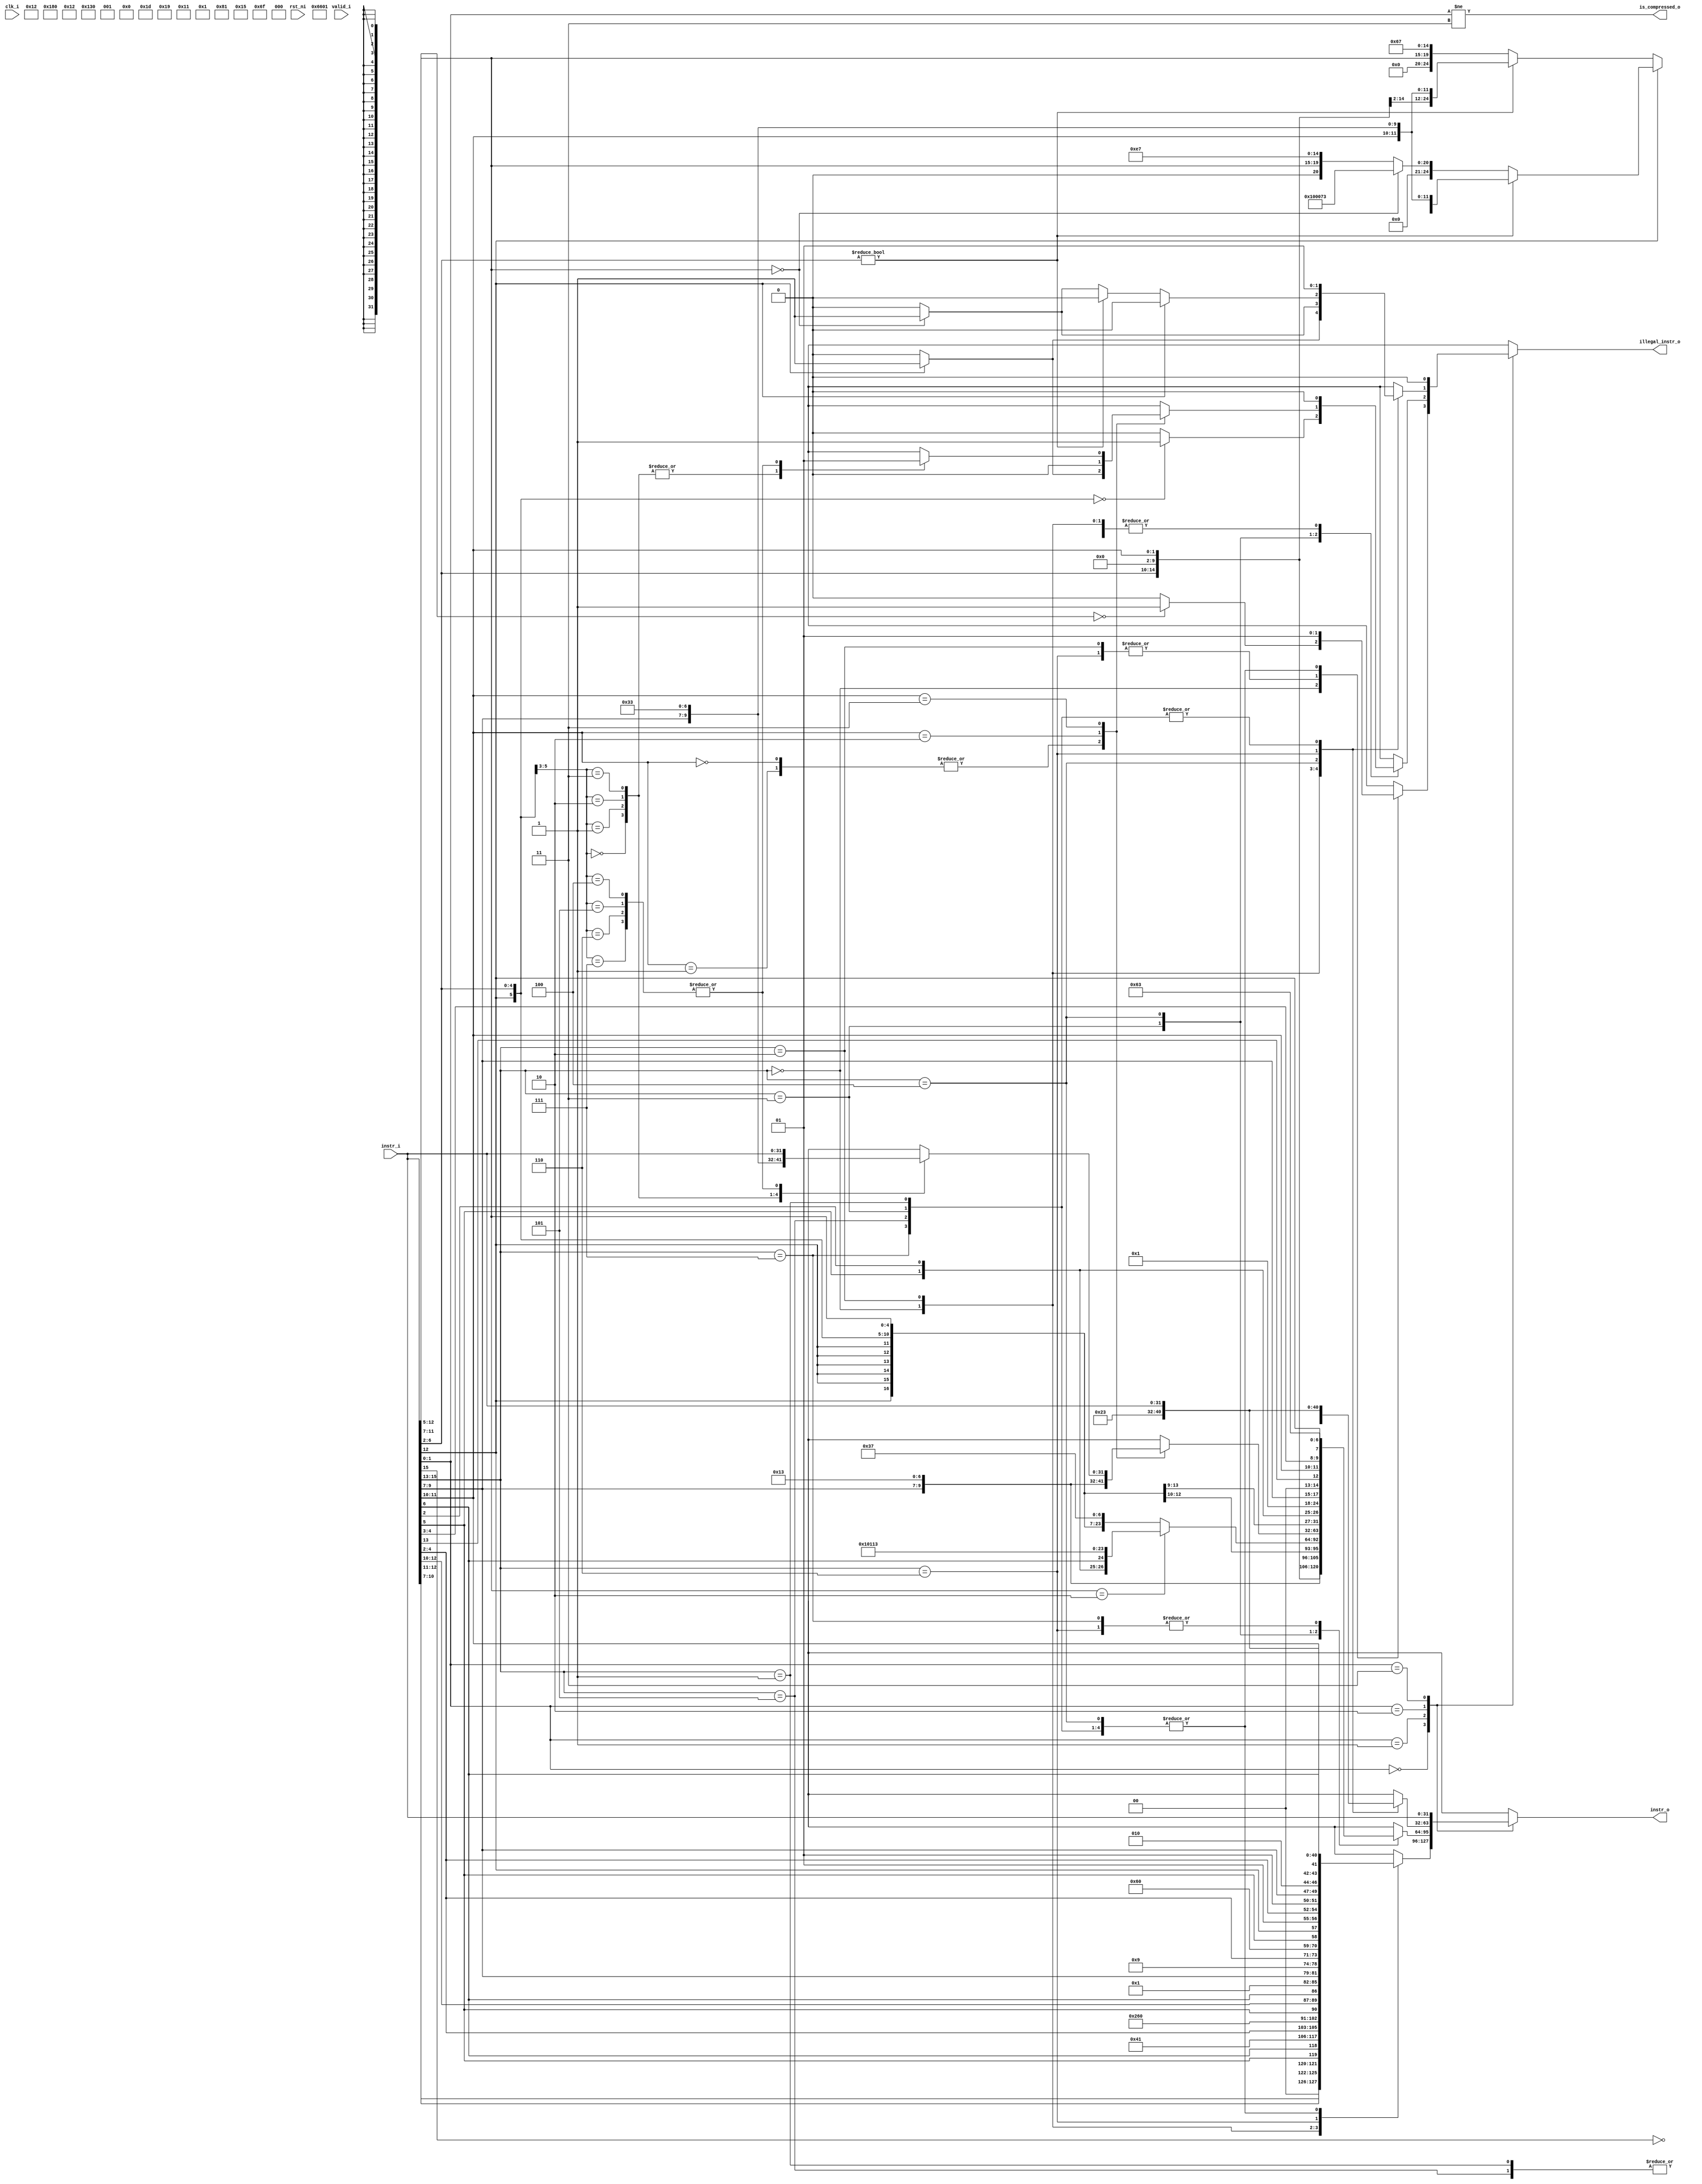
module ibex_compressed_decoder (
	clk_i,
	rst_ni,
	valid_i,
	instr_i,
	instr_o,
	is_compressed_o,
	illegal_instr_o
);
	input wire clk_i;
	input wire rst_ni;
	input wire valid_i;
	input wire [31:0] instr_i;
	output reg [31:0] instr_o;
	output wire is_compressed_o;
	output reg illegal_instr_o;
	parameter [31:0] PMP_MAX_REGIONS = 16;
	parameter [31:0] PMP_CFG_W = 8;
	parameter [31:0] PMP_I = 0;
	parameter [31:0] PMP_D = 1;
	parameter [11:0] CSR_OFF_PMP_CFG = 12'h3A0;
	parameter [11:0] CSR_OFF_PMP_ADDR = 12'h3B0;
	parameter [31:0] CSR_MSTATUS_MIE_BIT = 3;
	parameter [31:0] CSR_MSTATUS_MPIE_BIT = 7;
	parameter [31:0] CSR_MSTATUS_MPP_BIT_LOW = 11;
	parameter [31:0] CSR_MSTATUS_MPP_BIT_HIGH = 12;
	parameter [31:0] CSR_MSTATUS_MPRV_BIT = 17;
	parameter [31:0] CSR_MSTATUS_TW_BIT = 21;
	parameter [31:0] CSR_MSIX_BIT = 3;
	parameter [31:0] CSR_MTIX_BIT = 7;
	parameter [31:0] CSR_MEIX_BIT = 11;
	parameter [31:0] CSR_MFIX_BIT_LOW = 16;
	parameter [31:0] CSR_MFIX_BIT_HIGH = 30;
	localparam [0:0] IMM_A_Z = 0;
	localparam [0:0] JT_ALU = 0;
	localparam [0:0] OP_B_REG_B = 0;
	localparam [1:0] CSR_OP_READ = 0;
	localparam [1:0] EXC_PC_EXC = 0;
	localparam [1:0] MD_OP_MULL = 0;
	localparam [1:0] OP_A_REG_A = 0;
	localparam [1:0] RF_WD_LSU = 0;
	localparam [2:0] IMM_B_I = 0;
	localparam [2:0] PC_BOOT = 0;
	localparam [4:0] ALU_ADD = 0;
	localparam [0:0] IMM_A_ZERO = 1;
	localparam [0:0] JT_BT_ALU = 1;
	localparam [0:0] OP_B_IMM = 1;
	localparam [1:0] CSR_OP_WRITE = 1;
	localparam [1:0] EXC_PC_IRQ = 1;
	localparam [1:0] MD_OP_MULH = 1;
	localparam [1:0] OP_A_FWD = 1;
	localparam [1:0] RF_WD_EX = 1;
	localparam [2:0] IMM_B_S = 1;
	localparam [2:0] PC_JUMP = 1;
	localparam [4:0] ALU_SUB = 1;
	localparam [4:0] ALU_GE = 10;
	localparam [4:0] ALU_GEU = 11;
	localparam [4:0] ALU_EQ = 12;
	localparam [11:0] CSR_MSTATUS = 12'h300;
	localparam [11:0] CSR_MISA = 12'h301;
	localparam [11:0] CSR_MIE = 12'h304;
	localparam [11:0] CSR_MTVEC = 12'h305;
	localparam [11:0] CSR_MCOUNTINHIBIT = 12'h320;
	localparam [11:0] CSR_MHPMEVENT3 = 12'h323;
	localparam [11:0] CSR_MHPMEVENT4 = 12'h324;
	localparam [11:0] CSR_MHPMEVENT5 = 12'h325;
	localparam [11:0] CSR_MHPMEVENT6 = 12'h326;
	localparam [11:0] CSR_MHPMEVENT7 = 12'h327;
	localparam [11:0] CSR_MHPMEVENT8 = 12'h328;
	localparam [11:0] CSR_MHPMEVENT9 = 12'h329;
	localparam [11:0] CSR_MHPMEVENT10 = 12'h32A;
	localparam [11:0] CSR_MHPMEVENT11 = 12'h32B;
	localparam [11:0] CSR_MHPMEVENT12 = 12'h32C;
	localparam [11:0] CSR_MHPMEVENT13 = 12'h32D;
	localparam [11:0] CSR_MHPMEVENT14 = 12'h32E;
	localparam [11:0] CSR_MHPMEVENT15 = 12'h32F;
	localparam [11:0] CSR_MHPMEVENT16 = 12'h330;
	localparam [11:0] CSR_MHPMEVENT17 = 12'h331;
	localparam [11:0] CSR_MHPMEVENT18 = 12'h332;
	localparam [11:0] CSR_MHPMEVENT19 = 12'h333;
	localparam [11:0] CSR_MHPMEVENT20 = 12'h334;
	localparam [11:0] CSR_MHPMEVENT21 = 12'h335;
	localparam [11:0] CSR_MHPMEVENT22 = 12'h336;
	localparam [11:0] CSR_MHPMEVENT23 = 12'h337;
	localparam [11:0] CSR_MHPMEVENT24 = 12'h338;
	localparam [11:0] CSR_MHPMEVENT25 = 12'h339;
	localparam [11:0] CSR_MHPMEVENT26 = 12'h33A;
	localparam [11:0] CSR_MHPMEVENT27 = 12'h33B;
	localparam [11:0] CSR_MHPMEVENT28 = 12'h33C;
	localparam [11:0] CSR_MHPMEVENT29 = 12'h33D;
	localparam [11:0] CSR_MHPMEVENT30 = 12'h33E;
	localparam [11:0] CSR_MHPMEVENT31 = 12'h33F;
	localparam [11:0] CSR_MSCRATCH = 12'h340;
	localparam [11:0] CSR_MEPC = 12'h341;
	localparam [11:0] CSR_MCAUSE = 12'h342;
	localparam [11:0] CSR_MTVAL = 12'h343;
	localparam [11:0] CSR_MIP = 12'h344;
	localparam [11:0] CSR_PMPCFG0 = 12'h3A0;
	localparam [11:0] CSR_PMPCFG1 = 12'h3A1;
	localparam [11:0] CSR_PMPCFG2 = 12'h3A2;
	localparam [11:0] CSR_PMPCFG3 = 12'h3A3;
	localparam [11:0] CSR_PMPADDR0 = 12'h3B0;
	localparam [11:0] CSR_PMPADDR1 = 12'h3B1;
	localparam [11:0] CSR_PMPADDR2 = 12'h3B2;
	localparam [11:0] CSR_PMPADDR3 = 12'h3B3;
	localparam [11:0] CSR_PMPADDR4 = 12'h3B4;
	localparam [11:0] CSR_PMPADDR5 = 12'h3B5;
	localparam [11:0] CSR_PMPADDR6 = 12'h3B6;
	localparam [11:0] CSR_PMPADDR7 = 12'h3B7;
	localparam [11:0] CSR_PMPADDR8 = 12'h3B8;
	localparam [11:0] CSR_PMPADDR9 = 12'h3B9;
	localparam [11:0] CSR_PMPADDR10 = 12'h3BA;
	localparam [11:0] CSR_PMPADDR11 = 12'h3BB;
	localparam [11:0] CSR_PMPADDR12 = 12'h3BC;
	localparam [11:0] CSR_PMPADDR13 = 12'h3BD;
	localparam [11:0] CSR_PMPADDR14 = 12'h3BE;
	localparam [11:0] CSR_PMPADDR15 = 12'h3BF;
	localparam [11:0] CSR_TSELECT = 12'h7A0;
	localparam [11:0] CSR_TDATA1 = 12'h7A1;
	localparam [11:0] CSR_TDATA2 = 12'h7A2;
	localparam [11:0] CSR_TDATA3 = 12'h7A3;
	localparam [11:0] CSR_MCONTEXT = 12'h7A8;
	localparam [11:0] CSR_SCONTEXT = 12'h7AA;
	localparam [11:0] CSR_DCSR = 12'h7b0;
	localparam [11:0] CSR_DPC = 12'h7b1;
	localparam [11:0] CSR_DSCRATCH0 = 12'h7b2;
	localparam [11:0] CSR_DSCRATCH1 = 12'h7b3;
	localparam [11:0] CSR_MCYCLE = 12'hB00;
	localparam [11:0] CSR_MINSTRET = 12'hB02;
	localparam [11:0] CSR_MHPMCOUNTER3 = 12'hB03;
	localparam [11:0] CSR_MHPMCOUNTER4 = 12'hB04;
	localparam [11:0] CSR_MHPMCOUNTER5 = 12'hB05;
	localparam [11:0] CSR_MHPMCOUNTER6 = 12'hB06;
	localparam [11:0] CSR_MHPMCOUNTER7 = 12'hB07;
	localparam [11:0] CSR_MHPMCOUNTER8 = 12'hB08;
	localparam [11:0] CSR_MHPMCOUNTER9 = 12'hB09;
	localparam [11:0] CSR_MHPMCOUNTER10 = 12'hB0A;
	localparam [11:0] CSR_MHPMCOUNTER11 = 12'hB0B;
	localparam [11:0] CSR_MHPMCOUNTER12 = 12'hB0C;
	localparam [11:0] CSR_MHPMCOUNTER13 = 12'hB0D;
	localparam [11:0] CSR_MHPMCOUNTER14 = 12'hB0E;
	localparam [11:0] CSR_MHPMCOUNTER15 = 12'hB0F;
	localparam [11:0] CSR_MHPMCOUNTER16 = 12'hB10;
	localparam [11:0] CSR_MHPMCOUNTER17 = 12'hB11;
	localparam [11:0] CSR_MHPMCOUNTER18 = 12'hB12;
	localparam [11:0] CSR_MHPMCOUNTER19 = 12'hB13;
	localparam [11:0] CSR_MHPMCOUNTER20 = 12'hB14;
	localparam [11:0] CSR_MHPMCOUNTER21 = 12'hB15;
	localparam [11:0] CSR_MHPMCOUNTER22 = 12'hB16;
	localparam [11:0] CSR_MHPMCOUNTER23 = 12'hB17;
	localparam [11:0] CSR_MHPMCOUNTER24 = 12'hB18;
	localparam [11:0] CSR_MHPMCOUNTER25 = 12'hB19;
	localparam [11:0] CSR_MHPMCOUNTER26 = 12'hB1A;
	localparam [11:0] CSR_MHPMCOUNTER27 = 12'hB1B;
	localparam [11:0] CSR_MHPMCOUNTER28 = 12'hB1C;
	localparam [11:0] CSR_MHPMCOUNTER29 = 12'hB1D;
	localparam [11:0] CSR_MHPMCOUNTER30 = 12'hB1E;
	localparam [11:0] CSR_MHPMCOUNTER31 = 12'hB1F;
	localparam [11:0] CSR_MCYCLEH = 12'hB80;
	localparam [11:0] CSR_MINSTRETH = 12'hB82;
	localparam [11:0] CSR_MHPMCOUNTER3H = 12'hB83;
	localparam [11:0] CSR_MHPMCOUNTER4H = 12'hB84;
	localparam [11:0] CSR_MHPMCOUNTER5H = 12'hB85;
	localparam [11:0] CSR_MHPMCOUNTER6H = 12'hB86;
	localparam [11:0] CSR_MHPMCOUNTER7H = 12'hB87;
	localparam [11:0] CSR_MHPMCOUNTER8H = 12'hB88;
	localparam [11:0] CSR_MHPMCOUNTER9H = 12'hB89;
	localparam [11:0] CSR_MHPMCOUNTER10H = 12'hB8A;
	localparam [11:0] CSR_MHPMCOUNTER11H = 12'hB8B;
	localparam [11:0] CSR_MHPMCOUNTER12H = 12'hB8C;
	localparam [11:0] CSR_MHPMCOUNTER13H = 12'hB8D;
	localparam [11:0] CSR_MHPMCOUNTER14H = 12'hB8E;
	localparam [11:0] CSR_MHPMCOUNTER15H = 12'hB8F;
	localparam [11:0] CSR_MHPMCOUNTER16H = 12'hB90;
	localparam [11:0] CSR_MHPMCOUNTER17H = 12'hB91;
	localparam [11:0] CSR_MHPMCOUNTER18H = 12'hB92;
	localparam [11:0] CSR_MHPMCOUNTER19H = 12'hB93;
	localparam [11:0] CSR_MHPMCOUNTER20H = 12'hB94;
	localparam [11:0] CSR_MHPMCOUNTER21H = 12'hB95;
	localparam [11:0] CSR_MHPMCOUNTER22H = 12'hB96;
	localparam [11:0] CSR_MHPMCOUNTER23H = 12'hB97;
	localparam [11:0] CSR_MHPMCOUNTER24H = 12'hB98;
	localparam [11:0] CSR_MHPMCOUNTER25H = 12'hB99;
	localparam [11:0] CSR_MHPMCOUNTER26H = 12'hB9A;
	localparam [11:0] CSR_MHPMCOUNTER27H = 12'hB9B;
	localparam [11:0] CSR_MHPMCOUNTER28H = 12'hB9C;
	localparam [11:0] CSR_MHPMCOUNTER29H = 12'hB9D;
	localparam [11:0] CSR_MHPMCOUNTER30H = 12'hB9E;
	localparam [11:0] CSR_MHPMCOUNTER31H = 12'hB9F;
	localparam [11:0] CSR_MHARTID = 12'hF14;
	localparam [4:0] ALU_NE = 13;
	localparam [4:0] ALU_SLT = 14;
	localparam [4:0] ALU_SLTU = 15;
	localparam [1:0] CSR_OP_SET = 2;
	localparam [1:0] EXC_PC_DBD = 2;
	localparam [1:0] MD_OP_DIV = 2;
	localparam [1:0] OP_A_CURRPC = 2;
	localparam [1:0] RF_WD_CSR = 2;
	localparam [2:0] IMM_B_B = 2;
	localparam [2:0] PC_EXC = 2;
	localparam [4:0] ALU_XOR = 2;
	localparam [1:0] PMP_ACC_EXEC = 2'b00;
	localparam [1:0] PMP_MODE_OFF = 2'b00;
	localparam [1:0] PRIV_LVL_U = 2'b00;
	localparam [1:0] PMP_ACC_WRITE = 2'b01;
	localparam [1:0] PMP_MODE_TOR = 2'b01;
	localparam [1:0] PRIV_LVL_S = 2'b01;
	localparam [1:0] PMP_ACC_READ = 2'b10;
	localparam [1:0] PMP_MODE_NA4 = 2'b10;
	localparam [1:0] PRIV_LVL_H = 2'b10;
	localparam [1:0] PMP_MODE_NAPOT = 2'b11;
	localparam [1:0] PRIV_LVL_M = 2'b11;
	localparam [1:0] CSR_OP_CLEAR = 3;
	localparam [1:0] EXC_PC_DBG_EXC = 3;
	localparam [1:0] MD_OP_REM = 3;
	localparam [1:0] OP_A_IMM = 3;
	localparam [2:0] IMM_B_U = 3;
	localparam [2:0] PC_ERET = 3;
	localparam [4:0] ALU_OR = 3;
	localparam [2:0] DBG_CAUSE_NONE = 3'h0;
	localparam [2:0] DBG_CAUSE_EBREAK = 3'h1;
	localparam [2:0] DBG_CAUSE_TRIGGER = 3'h2;
	localparam [2:0] DBG_CAUSE_HALTREQ = 3'h3;
	localparam [2:0] DBG_CAUSE_STEP = 3'h4;
	localparam [2:0] IMM_B_J = 4;
	localparam [2:0] PC_DRET = 4;
	localparam [4:0] ALU_AND = 4;
	localparam [3:0] XDEBUGVER_NO = 4'd0;
	localparam [3:0] XDEBUGVER_NONSTD = 4'd15;
	localparam [3:0] XDEBUGVER_STD = 4'd4;
	localparam [2:0] IMM_B_INCR_PC = 5;
	localparam [4:0] ALU_SRA = 5;
	localparam [2:0] IMM_B_INCR_ADDR = 6;
	localparam [4:0] ALU_SRL = 6;
	localparam [4:0] ALU_SLL = 7;
	localparam [6:0] OPCODE_LOAD = 7'h03;
	localparam [6:0] OPCODE_MISC_MEM = 7'h0f;
	localparam [6:0] OPCODE_OP_IMM = 7'h13;
	localparam [6:0] OPCODE_AUIPC = 7'h17;
	localparam [6:0] OPCODE_STORE = 7'h23;
	localparam [6:0] OPCODE_OP = 7'h33;
	localparam [6:0] OPCODE_LUI = 7'h37;
	localparam [6:0] OPCODE_BRANCH = 7'h63;
	localparam [6:0] OPCODE_JALR = 7'h67;
	localparam [6:0] OPCODE_JAL = 7'h6f;
	localparam [6:0] OPCODE_SYSTEM = 7'h73;
	localparam [4:0] ALU_LT = 8;
	localparam [4:0] ALU_LTU = 9;
	localparam [5:0] EXC_CAUSE_INSN_ADDR_MISA = {1'b0, 5'd00};
	localparam [5:0] EXC_CAUSE_INSTR_ACCESS_FAULT = {1'b0, 5'd01};
	localparam [5:0] EXC_CAUSE_ILLEGAL_INSN = {1'b0, 5'd02};
	localparam [5:0] EXC_CAUSE_BREAKPOINT = {1'b0, 5'd03};
	localparam [5:0] EXC_CAUSE_LOAD_ACCESS_FAULT = {1'b0, 5'd05};
	localparam [5:0] EXC_CAUSE_STORE_ACCESS_FAULT = {1'b0, 5'd07};
	localparam [5:0] EXC_CAUSE_ECALL_UMODE = {1'b0, 5'd08};
	localparam [5:0] EXC_CAUSE_ECALL_MMODE = {1'b0, 5'd11};
	localparam [5:0] EXC_CAUSE_IRQ_SOFTWARE_M = {1'b1, 5'd03};
	localparam [5:0] EXC_CAUSE_IRQ_TIMER_M = {1'b1, 5'd07};
	localparam [5:0] EXC_CAUSE_IRQ_EXTERNAL_M = {1'b1, 5'd11};
	localparam [5:0] EXC_CAUSE_IRQ_NM = {1'b1, 5'd31};
	wire unused_valid;
	assign unused_valid = valid_i;
	always @(*) begin
		instr_o = instr_i;
		illegal_instr_o = 1'b0;
		case (instr_i[1:0])
			2'b00:
				case (instr_i[15:13])
					3'b000: begin
						instr_o = {2'b0, instr_i[10:7], instr_i[12:11], instr_i[5], instr_i[6], 2'b00, 5'h02, 3'b000, 2'b01, instr_i[4:2], OPCODE_OP_IMM};
						if ((instr_i[12:5] == 8'b0))
							illegal_instr_o = 1'b1;
					end
					3'b010: instr_o = {5'b0, instr_i[5], instr_i[12:10], instr_i[6], 2'b00, 2'b01, instr_i[9:7], 3'b010, 2'b01, instr_i[4:2], OPCODE_LOAD};
					3'b110: instr_o = {5'b0, instr_i[5], instr_i[12], 2'b01, instr_i[4:2], 2'b01, instr_i[9:7], 3'b010, instr_i[11:10], instr_i[6], 2'b00, OPCODE_STORE};
					3'b001, 3'b011, 3'b100, 3'b101, 3'b111: illegal_instr_o = 1'b1;
					default: illegal_instr_o = 1'b1;
				endcase
			2'b01:
				case (instr_i[15:13])
					3'b000: instr_o = {{6 {instr_i[12]}}, instr_i[12], instr_i[6:2], instr_i[11:7], 3'b0, instr_i[11:7], OPCODE_OP_IMM};
					3'b001, 3'b101: instr_o = {instr_i[12], instr_i[8], instr_i[10:9], instr_i[6], instr_i[7], instr_i[2], instr_i[11], instr_i[5:3], {9 {instr_i[12]}}, 4'b0, ~instr_i[15], OPCODE_JAL};
					3'b010: instr_o = {{6 {instr_i[12]}}, instr_i[12], instr_i[6:2], 5'b0, 3'b0, instr_i[11:7], OPCODE_OP_IMM};
					3'b011: begin
						instr_o = {{15 {instr_i[12]}}, instr_i[6:2], instr_i[11:7], OPCODE_LUI};
						if ((instr_i[11:7] == 5'h02))
							instr_o = {{3 {instr_i[12]}}, instr_i[4:3], instr_i[5], instr_i[2], instr_i[6], 4'b0, 5'h02, 3'b000, 5'h02, OPCODE_OP_IMM};
						if (({instr_i[12], instr_i[6:2]} == 6'b0))
							illegal_instr_o = 1'b1;
					end
					3'b100:
						case (instr_i[11:10])
							2'b00, 2'b01: begin
								instr_o = {1'b0, instr_i[10], 5'b0, instr_i[6:2], 2'b01, instr_i[9:7], 3'b101, 2'b01, instr_i[9:7], OPCODE_OP_IMM};
								if ((instr_i[12] == 1'b1))
									illegal_instr_o = 1'b1;
							end
							2'b10: instr_o = {{6 {instr_i[12]}}, instr_i[12], instr_i[6:2], 2'b01, instr_i[9:7], 3'b111, 2'b01, instr_i[9:7], OPCODE_OP_IMM};
							2'b11:
								case ({instr_i[12], instr_i[6:5]})
									3'b000: instr_o = {2'b01, 5'b0, 2'b01, instr_i[4:2], 2'b01, instr_i[9:7], 3'b000, 2'b01, instr_i[9:7], OPCODE_OP};
									3'b001: instr_o = {7'b0, 2'b01, instr_i[4:2], 2'b01, instr_i[9:7], 3'b100, 2'b01, instr_i[9:7], OPCODE_OP};
									3'b010: instr_o = {7'b0, 2'b01, instr_i[4:2], 2'b01, instr_i[9:7], 3'b110, 2'b01, instr_i[9:7], OPCODE_OP};
									3'b011: instr_o = {7'b0, 2'b01, instr_i[4:2], 2'b01, instr_i[9:7], 3'b111, 2'b01, instr_i[9:7], OPCODE_OP};
									3'b100, 3'b101, 3'b110, 3'b111: illegal_instr_o = 1'b1;
									default: illegal_instr_o = 1'b1;
								endcase
							default: illegal_instr_o = 1'b1;
						endcase
					3'b110, 3'b111: instr_o = {{4 {instr_i[12]}}, instr_i[6:5], instr_i[2], 5'b0, 2'b01, instr_i[9:7], 2'b00, instr_i[13], instr_i[11:10], instr_i[4:3], instr_i[12], OPCODE_BRANCH};
					default: illegal_instr_o = 1'b1;
				endcase
			2'b10:
				case (instr_i[15:13])
					3'b000: begin
						instr_o = {7'b0, instr_i[6:2], instr_i[11:7], 3'b001, instr_i[11:7], OPCODE_OP_IMM};
						if ((instr_i[12] == 1'b1))
							illegal_instr_o = 1'b1;
					end
					3'b010: begin
						instr_o = {4'b0, instr_i[3:2], instr_i[12], instr_i[6:4], 2'b00, 5'h02, 3'b010, instr_i[11:7], OPCODE_LOAD};
						if ((instr_i[11:7] == 5'b0))
							illegal_instr_o = 1'b1;
					end
					3'b100:
						if ((instr_i[12] == 1'b0)) begin
							if ((instr_i[6:2] != 5'b0))
								instr_o = {7'b0, instr_i[6:2], 5'b0, 3'b0, instr_i[11:7], OPCODE_OP};
							else begin
								instr_o = {12'b0, instr_i[11:7], 3'b0, 5'b0, OPCODE_JALR};
								if ((instr_i[11:7] == 5'b0))
									illegal_instr_o = 1'b1;
							end
						end
						else if ((instr_i[6:2] != 5'b0))
							instr_o = {7'b0, instr_i[6:2], instr_i[11:7], 3'b0, instr_i[11:7], OPCODE_OP};
						else if ((instr_i[11:7] == 5'b0))
							instr_o = 32'h00_10_00_73;
						else
							instr_o = {12'b0, instr_i[11:7], 3'b000, 5'b00001, OPCODE_JALR};
					3'b110: instr_o = {4'b0, instr_i[8:7], instr_i[12], instr_i[6:2], 5'h02, 3'b010, instr_i[11:9], 2'b00, OPCODE_STORE};
					3'b001, 3'b011, 3'b101, 3'b111: illegal_instr_o = 1'b1;
					default: illegal_instr_o = 1'b1;
				endcase
			2'b11:
				;
			default: illegal_instr_o = 1'b1;
		endcase
	end
	assign is_compressed_o = (instr_i[1:0] != 2'b11);
endmodule